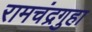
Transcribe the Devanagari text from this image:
रामचंद्रगुहा